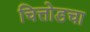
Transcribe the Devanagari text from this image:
चित्तोडचा